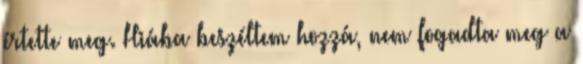
értette meg. Hiába beszéltem hozzá, nem fogadta meg a